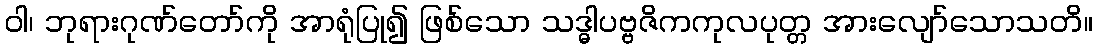
ဝါ၊ ဘုရားဂုဏ်တော်ကို အာရုံပြု၍ ဖြစ်သော သဒ္ဓါပဗ္ဗဇိကကုလပုတ္တ အားလျော်သောသတိ။